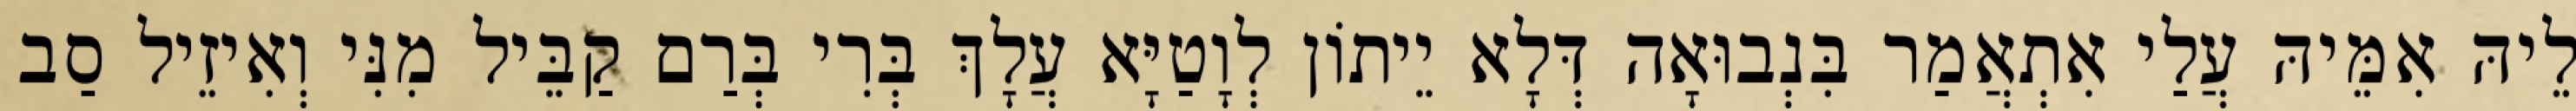
לֵיהּ אִמֵּיהּ עֲלַי אִתְאֲמַר בִּנְבוּאָה דְּלָא יֵיתוֹן לְוָטַיָּא עֲלָךְ בְּרִי בְּרַם קַבֵּיל מִנִּי וְאִיזֵיל סַב